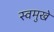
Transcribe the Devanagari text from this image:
स्वमुखे